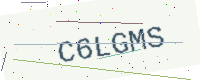
Text: C6LGMS